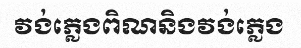
វង់ភ្លេងពិណនិងវង់ភ្លេង